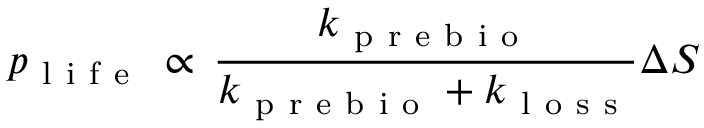
p _ { \mathrm { ~ l ~ i ~ f ~ e ~ } } \, \propto \, \frac { k _ { \mathrm { ~ p ~ r ~ e ~ b ~ i ~ o ~ } } } { k _ { \mathrm { ~ p ~ r ~ e ~ b ~ i ~ o ~ } } + k _ { \mathrm { ~ l ~ o ~ s ~ s ~ } } } \Delta S